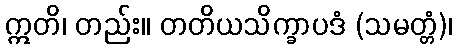
ဣတိ၊ တည်း။ တတိယသိက္ခာပဒံ (သမတ္တံ)၊